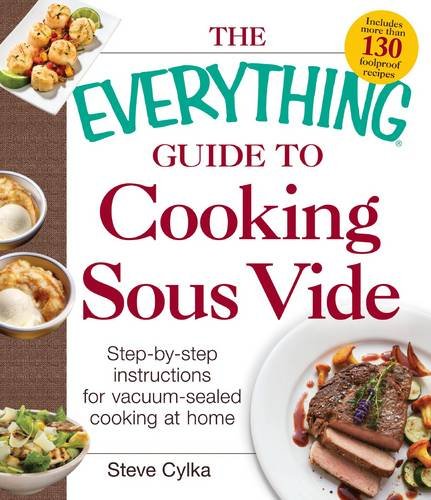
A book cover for The Everything Guide To Cooking Sous Vide: Step-by-Step Instructions for Vacuum-Sealed Cooking at Home (Everything: Cooking); Steve Cylka; Cookbooks, Food & Wine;